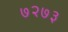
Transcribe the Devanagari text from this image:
७२७३